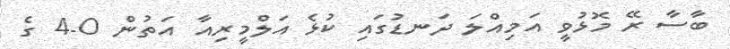
ބާސާ ރޭ މޮޅުވީ އަމިއްލަ ދަނޑުގައި ކުޅެ އަލްމީރިއާ އަތުން 0-4 ގެ